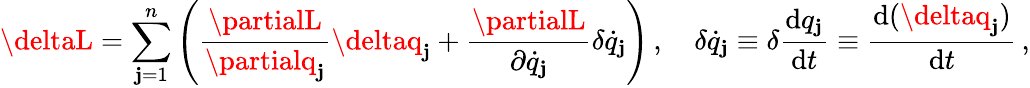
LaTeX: \deltaL=\sum_{\mathbf{j}=1}^{n}\left({\frac{{\partialL}}{{\partialq_{\mathbf{j}}}}}\deltaq_{\mathbf{j}}+{\frac{{\partialL}}{{\partial{\dot{{q}}}_{\mathbf{j}}}}}\delta{\dot{{q}}}_{\mathbf{j}}\right)\, ,\quad\delta{\dot{{q}}}_{\mathbf{j}}\equiv\delta{\frac{{\mathrm{{d}}q_{\mathbf{j}}}}{{\mathrm{{d}}t}}}\equiv{\frac{{\mathrm{{d}}(\deltaq_{\mathbf{j}})}}{{\mathrm{{d}}t}}}\, ,